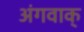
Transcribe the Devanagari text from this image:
अंगवाक्